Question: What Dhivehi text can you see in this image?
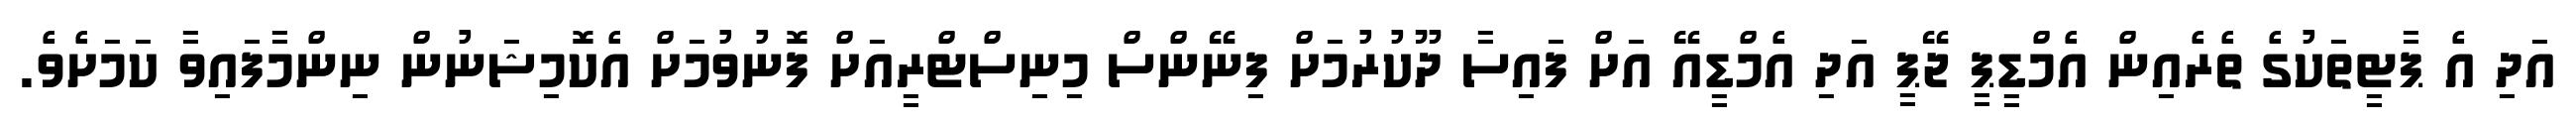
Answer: އަދި އެ ޕާޓީތަކުގެ ތެރެއިން އެމްޑީޕީ ޖޭޕީ އަދި އެމްޑީއޭ އަށް ފައިސާ ދޫކުރުމަށް ފިނޭންސް މިނިސްޓްރީއަށް ފޮނުވުމަށް އެކޮމިޝަނުން ނިންމާފައިވާ ކަމަށެވެ.